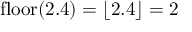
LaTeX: \operatorname { f l o o r } ( 2 . 4 ) = \lfloor 2 . 4 \rfloor = 2